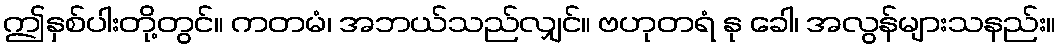
ဤနှစ်ပါးတို့တွင်။ ကတမံ၊ အဘယ်သည်လျှင်။ ဗဟုတရံ နု ခေါ၊ အလွန်များသနည်း။